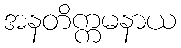
အနတိက္ကမနာယ